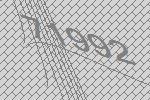
71992